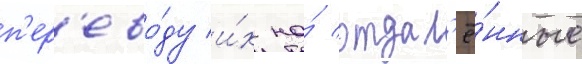
п'ер'ево́ду и́х на́ отдал'ё́нные